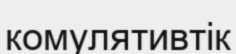
комулятивтік